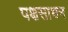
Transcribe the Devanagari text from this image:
पक्षसाधन